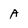
Character: A